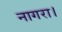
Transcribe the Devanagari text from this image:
नागरा।